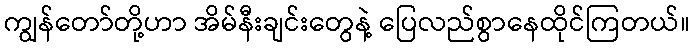
ကျွန်တော်တို့ဟာ အိမ်နီးချင်းတွေနဲ့ ပြေလည်စွာနေထိုင်ကြတယ်။